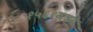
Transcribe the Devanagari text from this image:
१५६१मध्ये